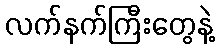
လက်နက်ကြီးတွေနဲ့